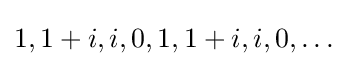
1,1+i,i,0,1,1+i,i,0,\ldots